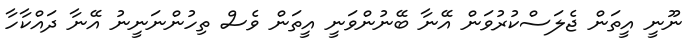
ނޫނީ އީތަން ޖެލަސްކުރުވަން އޭނާ ބޭނުންވަނީ އީތަން ވެސް ތިހުންނަނީނު އޭނާ ދައްކާހާ